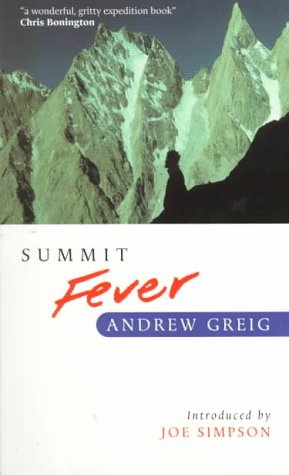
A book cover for Summit Fever: An Armchair Climber's Initiation to Glencoe, Mortal Terror and the Himalayan Matterhorn; Andrew Greig; Travel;